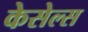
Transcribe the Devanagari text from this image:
केसेल्स